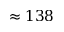
\approx 1 3 8